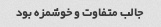
جالب متفاوت و خوشمزه بود